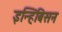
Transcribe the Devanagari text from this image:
इन्हिबिसन